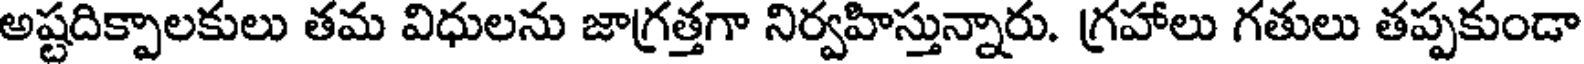
అష్టదిక్పాలకులు తమ విధులను జాగ్రత్తగా నిర్వహిస్తున్నారు. గ్రహాలు గతులు తప్పకుండా